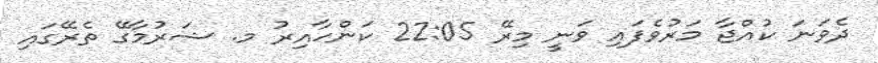
ދެވަނަ ކުއްޖާ މަރުވެފައި ވަނީ މިރޭ 22:05 ކަންހާއިރު މ. ޝަރުމާގޭ ތެރޭގައި